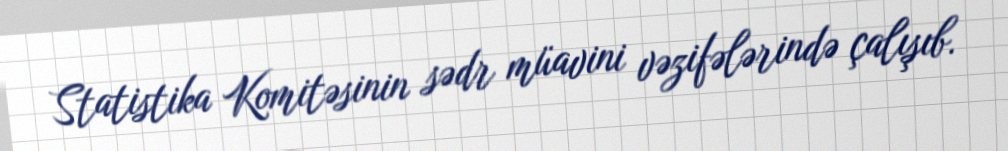
Statistika Komitəsinin sədr müavini vəzifələrində çalışıb.